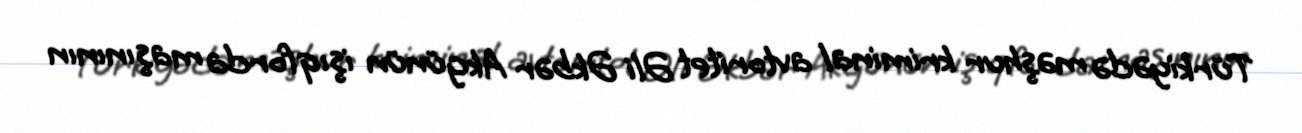
Türkiyədə məşhur kriminal avtoritet Əli Əkbər Akgünün işıqforda maşınının